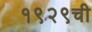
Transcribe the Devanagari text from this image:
१९२९ची